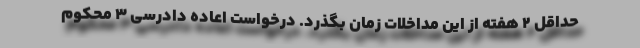
حداقل ۲ هفته از این مداخلات زمان بگذرد. درخواست اعاده دادرسی ۳ محکوم